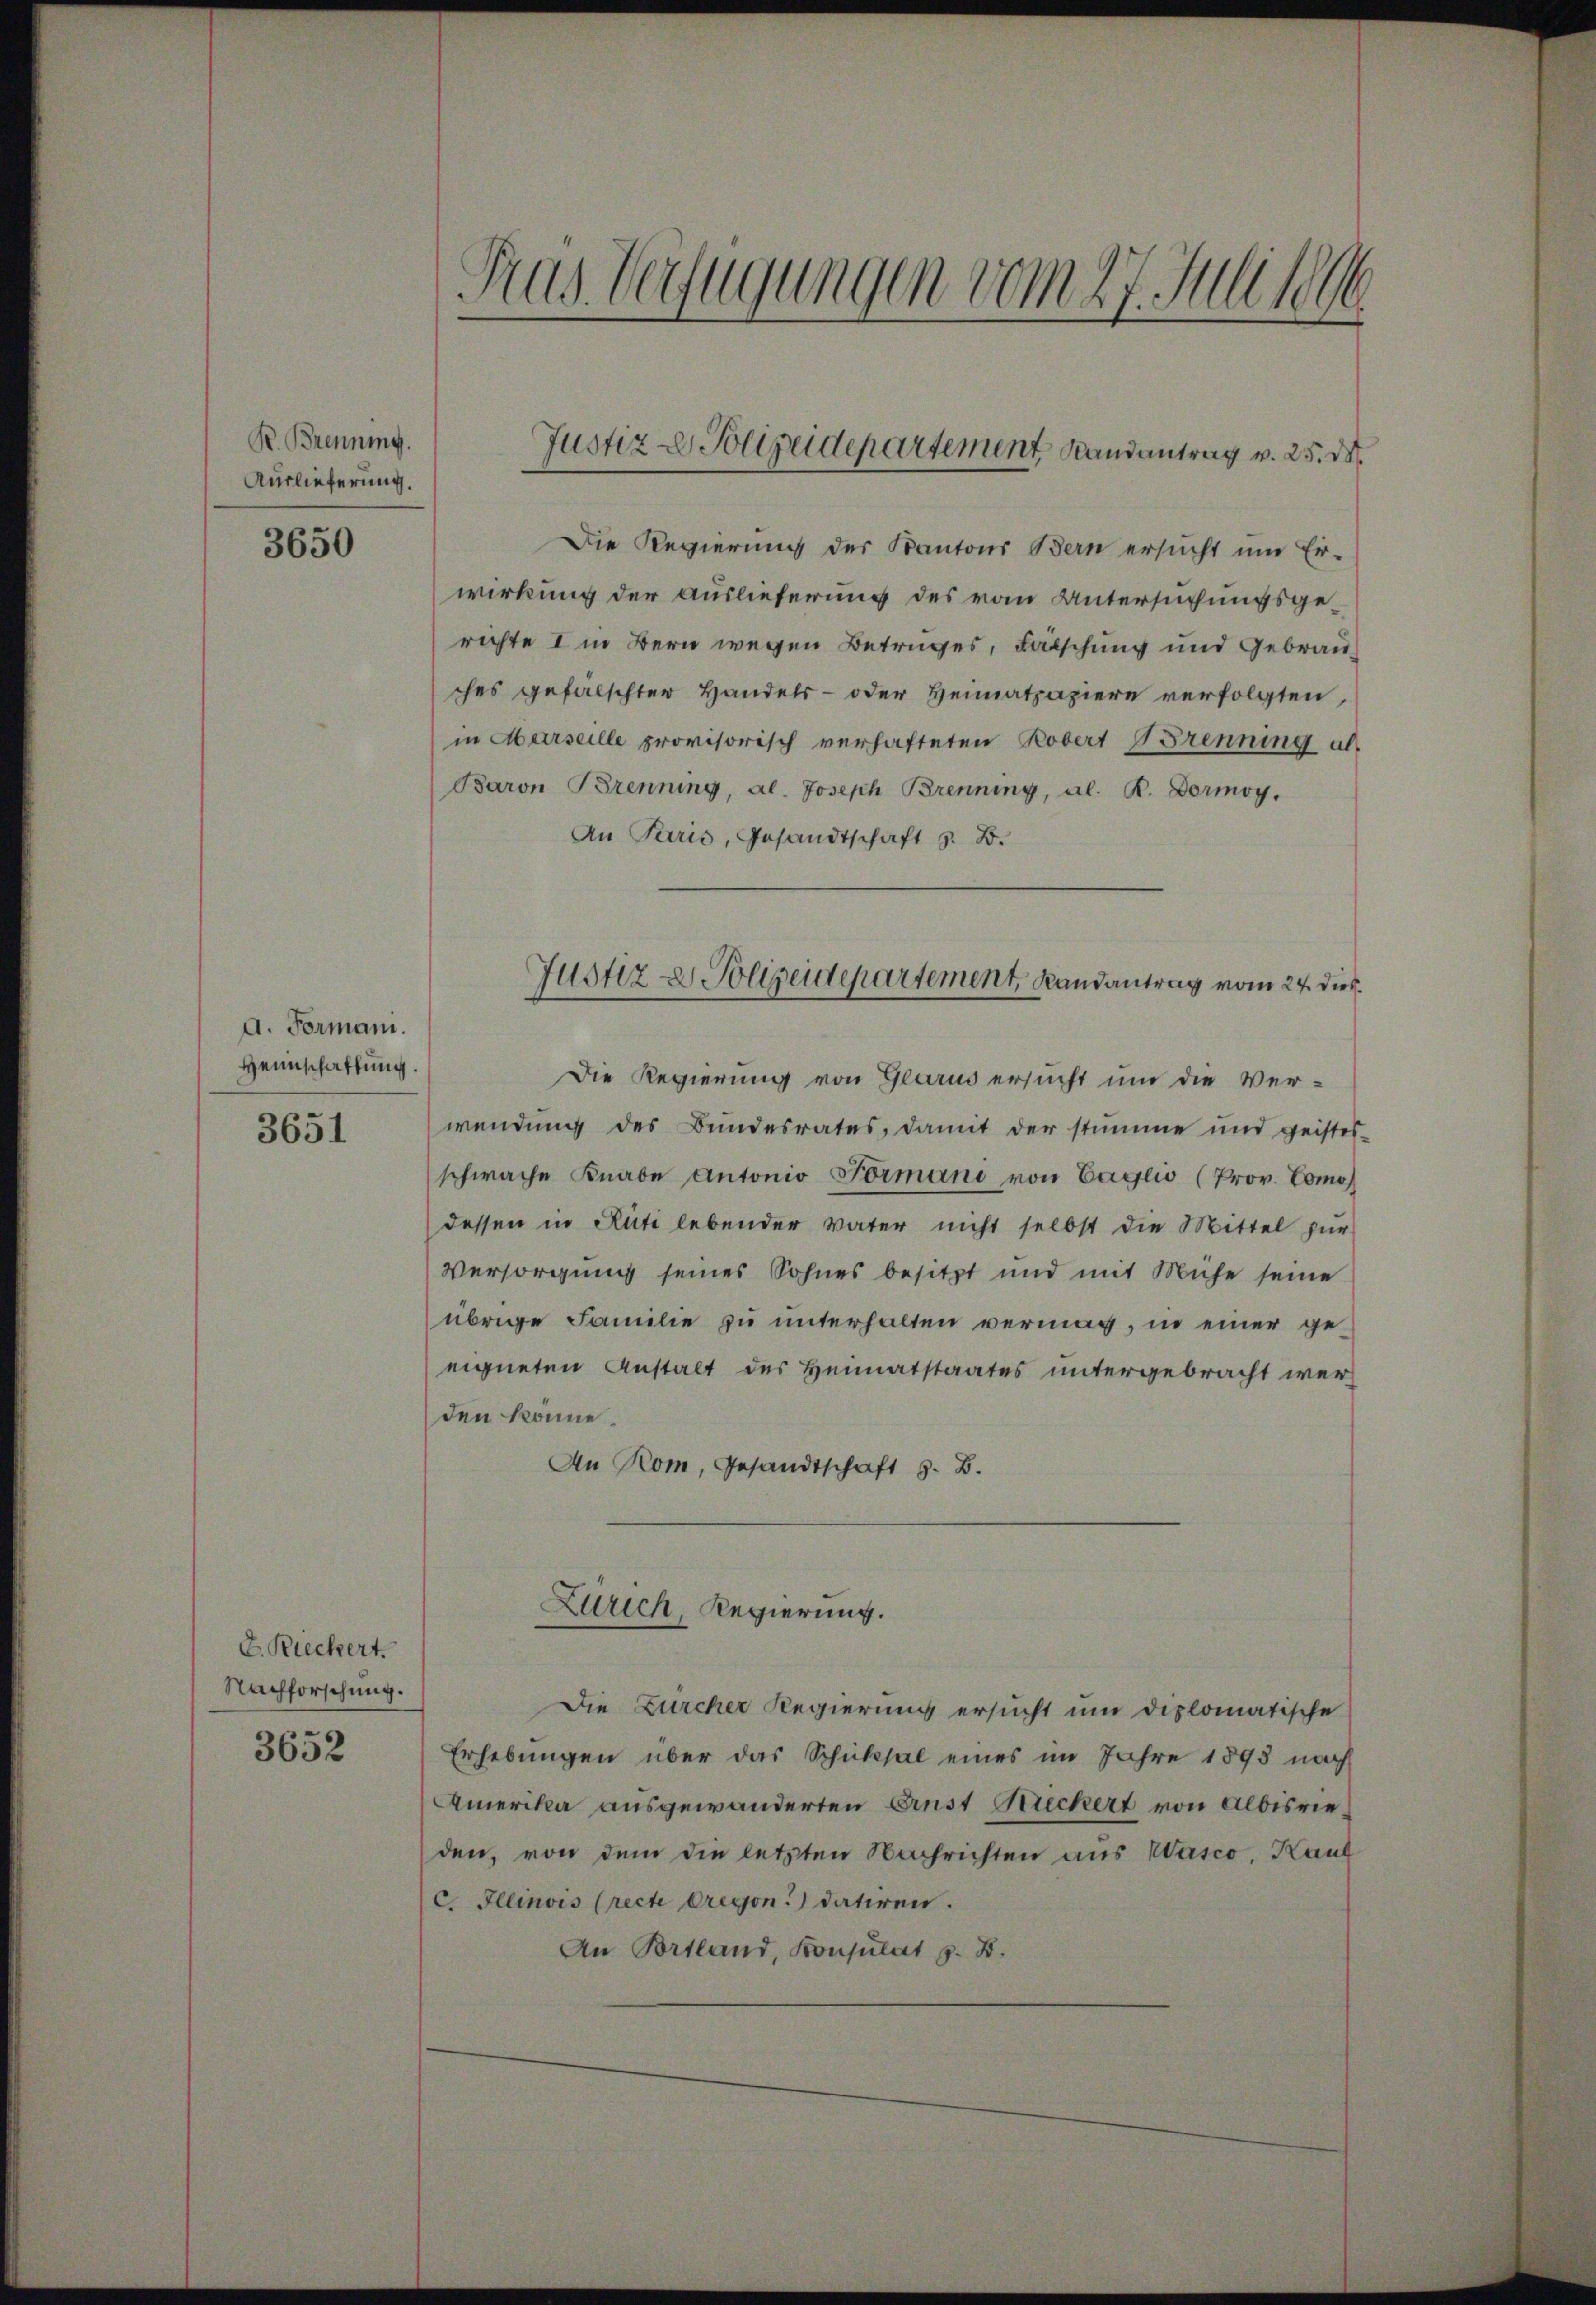
R. Brenning.
Auslieferung.

3650

d. Formani.
Heimschaffung.

3651

E. Riechert.
Nachforschung.
3652

Das Verfügungen vom 27. Juli 1896

Justiz & Polizeidepartement Randantrag v. 25. d.

Die Regierung des Kantons Bern ersucht um Er-
wirkung der Auslieferung des vom Untersuchungsgerichte I in Bern wegen Betruges, Fälschung und Gebrau
ches gefalschter Handels- oder Heimatpapiere verfolgten,
in Marseille provisorisch verhafteten Kobert Brenning als
Baron Brennung, al. Joseph Brenning, al. R. Dormoy.
An Paris, Gesandtschaft z. B.
Die Regierung von Glarus ersucht um die Ver-
wendung des Bundesrates, damit der stumme und geistes-
schwache Knabe Antonio Formano von Caglio (Prov. Como
dessen in Rüti lebender Vater nicht selbst die Mittel zur
Versorgung seines Sohnes besitzt und mit Mühe seine
übrige Familie zu unterhalten vermag, in einer geeigneten Anstalt des Heimatstaates untergebracht werden könne.
An Rom, Gesandtschaft G. B.
Zürich Regierung.
Die Zürcher Regierung ersucht um diplomatische
Erhebungen über das Schicksal eines im Jahre 1893 nach
Amerika ausgewanderten Ernst Streckert von Albisrieden, von dem die letzten Nachrichten aus Wasco, Kauf
C. Illinois (recte dreyon. datiren.
An Portland, Konsulat z. B.

Justiz & Polizeidepartement, Randantrag vom 24. dies